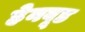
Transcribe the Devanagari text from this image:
हेनवूड